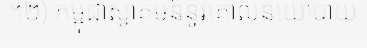
។២) កម្ពុជាស្វាគមន៍នូវគោលនយោបាយ